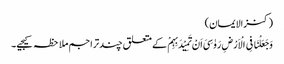
(کنزالایمان)
وَجَعَلْنَا فِی الْاَرْضِ رَوٰسِیَ اَنْ تَمِیْدَبِہِمْ کے متعلق چندتراجم ملاحظہ کیجیے۔